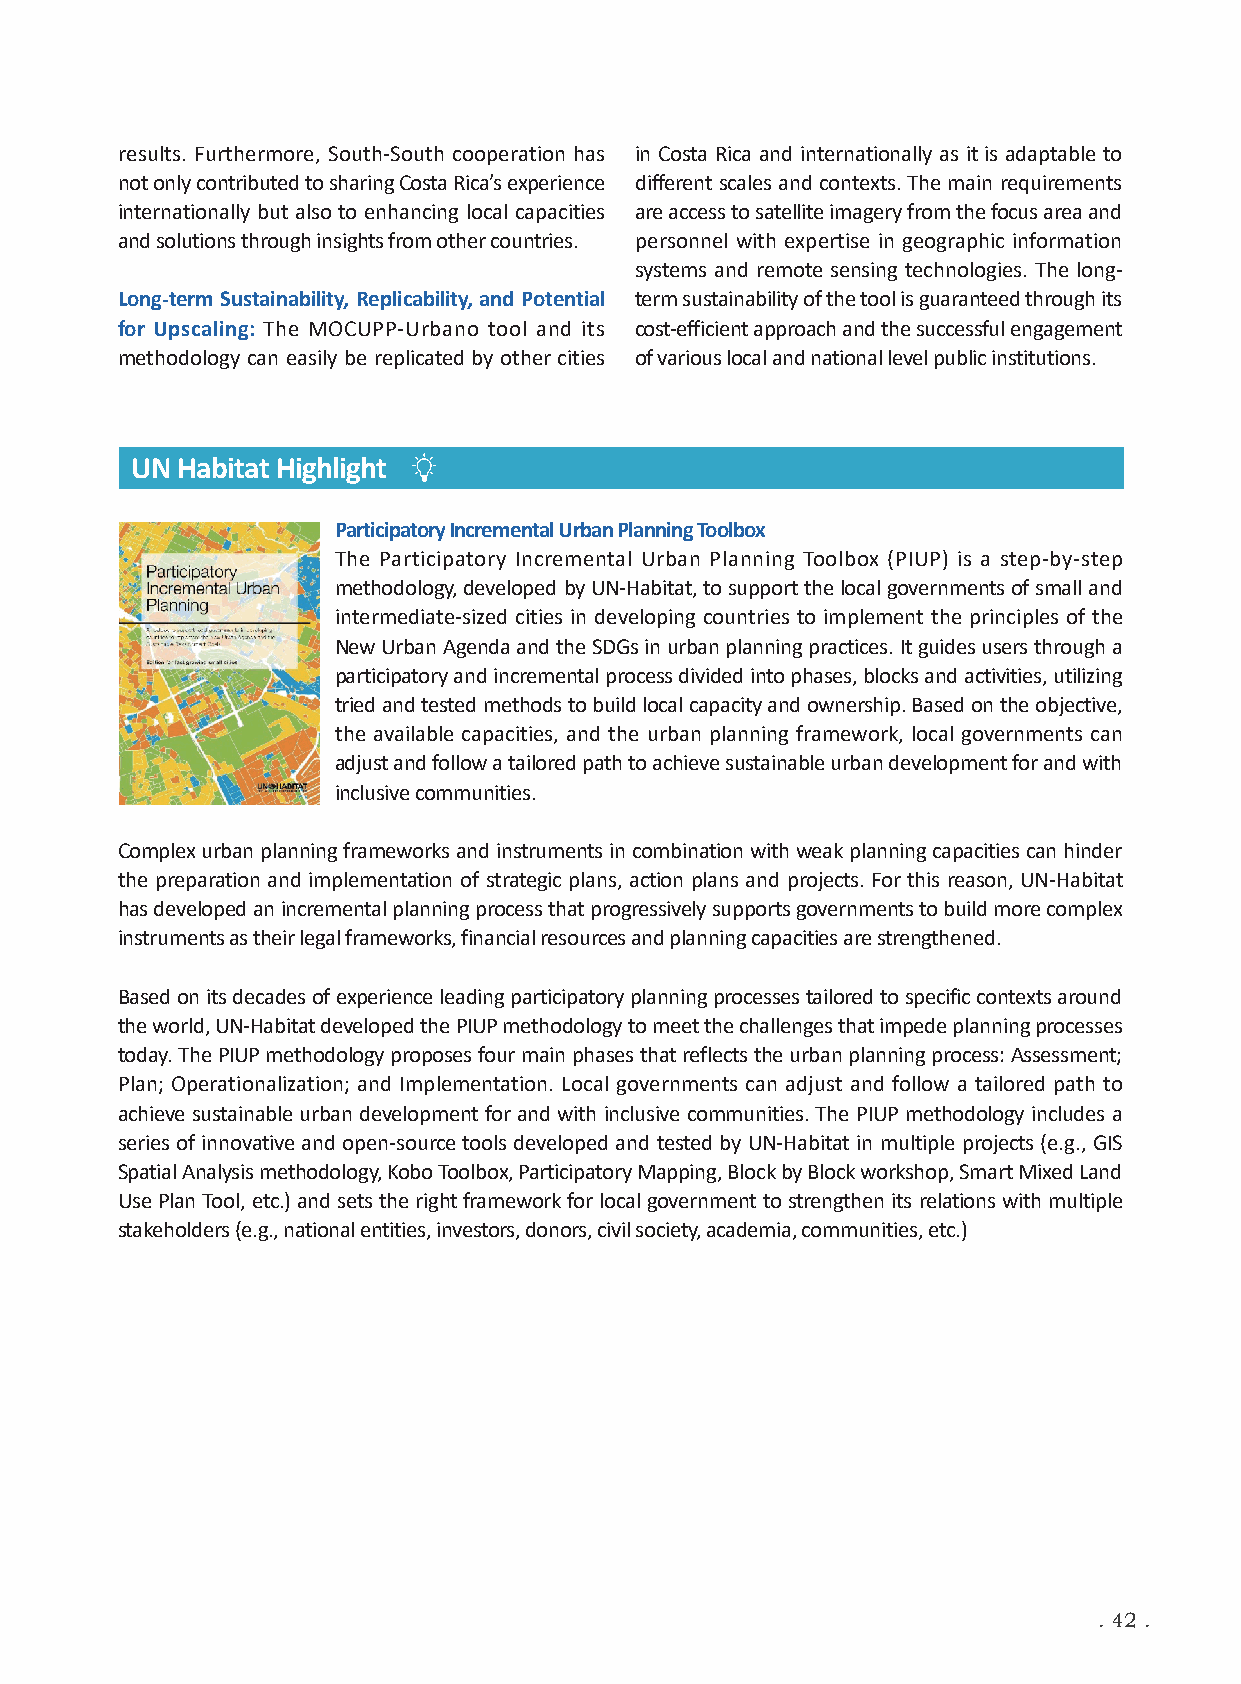
results. Furthermore, South-South cooperation has in Costa Rica and internationally as it is adaptable to
 not only contributed to sharing Costa Rica’s experience different scales and contexts. The main requirements
 internationally but also to enhancing local capacities are access to satellite imagery from the focus area and
 and solutions through insights from other countries. personnel with expertise in geographic information
 systems and remote sensing technologies. The long-
 Long-term Sustainability, Replicability, and Potential term sustainability of the tool is guaranteed through its
 for Upscaling: The MOCUPP-Urbano tool and its cost-efficient approach and the successful engagement
 methodology can easily be replicated by other cities of various local and national level public institutions.
 UN Habitat Highlight
 Participatory Incremental Urban Planning Toolbox
 The Participatory Incremental Urban Planning Toolbox (PIUP) is a step-by-step
 methodology, developed by UN-Habitat, to support the local governments of small and
 intermediate-sized cities in developing countries to implement the principles of the
 New Urban Agenda and the SDGs in urban planning practices. It guides users through a
 participatory and incremental process divided into phases, blocks and activities, utilizing
 tried and tested methods to build local capacity and ownership. Based on the objective,
 the available capacities, and the urban planning framework, local governments can
 adjust and follow a tailored path to achieve sustainable urban development for and with
 inclusive communities.
 Complex urban planning frameworks and instruments in combination with weak planning capacities can hinder
 the preparation and implementation of strategic plans, action plans and projects. For this reason, UN-Habitat
 has developed an incremental planning process that progressively supports governments to build more complex
 instruments as their legal frameworks, financial resources and planning capacities are strengthened.
 Based on its decades of experience leading participatory planning processes tailored to specific contexts around
 the world, UN-Habitat developed the PIUP methodology to meet the challenges that impede planning processes
 today. The PIUP methodology proposes four main phases that reflects the urban planning process: Assessment;
 Plan; Operationalization; and Implementation. Local governments can adjust and follow a tailored path to
 achieve sustainable urban development for and with inclusive communities. The PIUP methodology includes a
 series of innovative and open-source tools developed and tested by UN-Habitat in multiple projects (e.g., GIS
 Spatial Analysis methodology, Kobo Toolbox, Participatory Mapping, Block by Block workshop, Smart Mixed Land
 Use Plan Tool, etc.) and sets the right framework for local government to strengthen its relations with multiple
 stakeholders (e.g., national entities, investors, donors, civil society, academia, communities, etc.)
 . 42 .